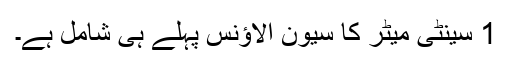
1 سینٹی میٹر کا سیون الاؤنس پہلے ہی شامل ہے۔